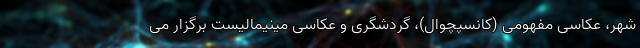
شهر، عکاسی مفهومی (کانسپچوال)، گردشگری و عکاسی مینیمالیست برگزار می